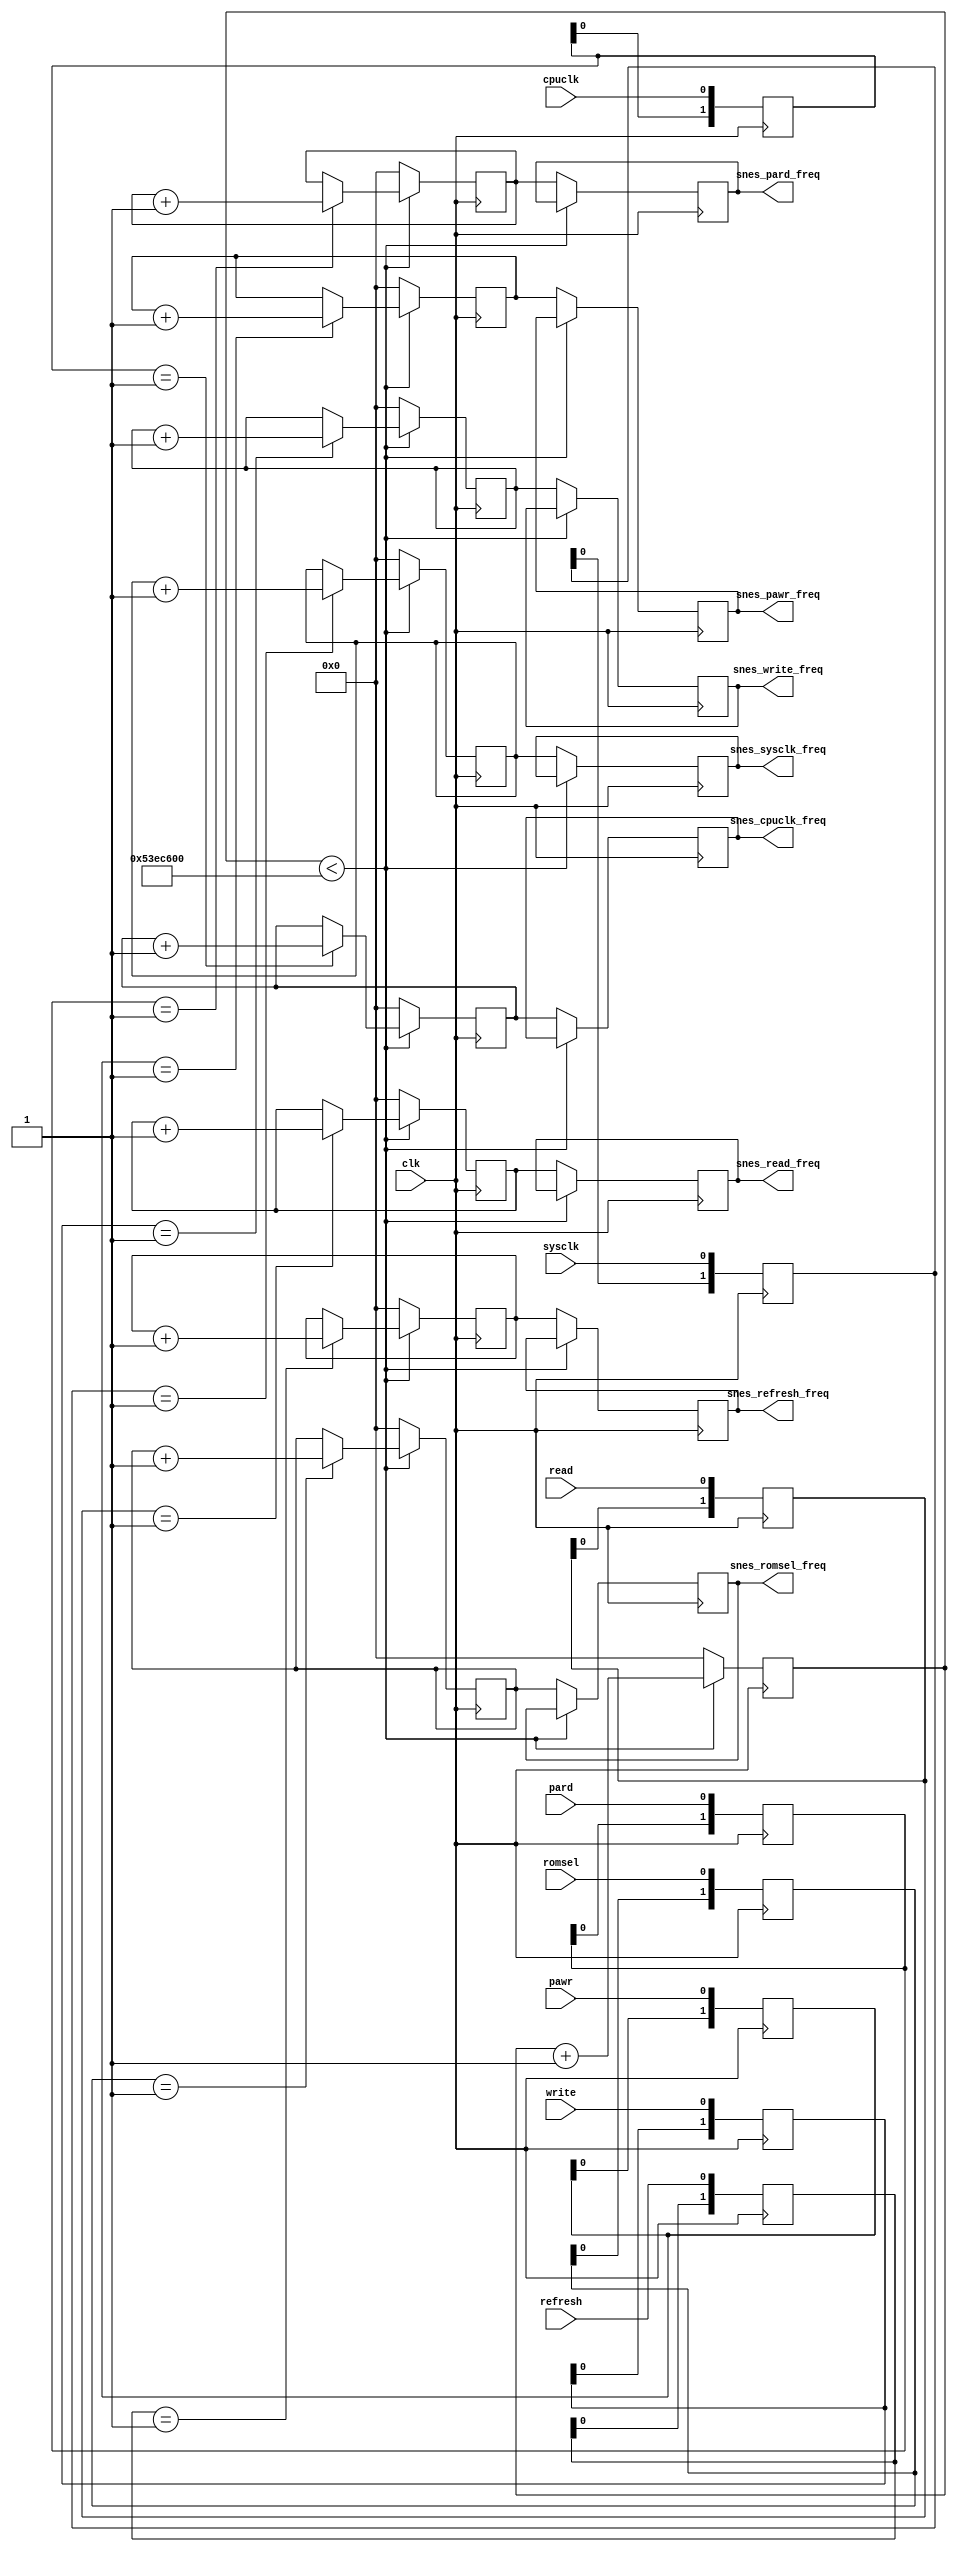
module clk_test(
  input clk,
  input sysclk,
  input read,
  input write,
  input pawr,
  input pard,
  input refresh,
  input cpuclk,
  input romsel,
  output reg [31:0] snes_sysclk_freq,
  output reg [31:0] snes_read_freq,
  output reg [31:0] snes_write_freq,
  output reg [31:0] snes_pawr_freq,
  output reg [31:0] snes_pard_freq,
  output reg [31:0] snes_refresh_freq,
  output reg [31:0] snes_cpuclk_freq,
  output reg [31:0] snes_romsel_freq
);

reg [31:0] sysclk_counter;
reg [31:0] sysclk_value;
reg [31:0] read_value;
reg [31:0] write_value;
reg [31:0] pard_value;
reg [31:0] pawr_value;
reg [31:0] refresh_value;
reg [31:0] cpuclk_value;
reg [31:0] romsel_value;

initial snes_sysclk_freq = 32'hFFFFFFFF;
initial sysclk_counter = 0;
initial sysclk_value = 0;
initial read_value = 0;
initial write_value = 0;
initial pard_value = 0;
initial pawr_value = 0;
initial refresh_value = 0;
initial cpuclk_value = 0;
initial romsel_value = 0;

reg [1:0] sysclk_sreg;
reg [1:0] read_sreg;
reg [1:0] write_sreg;
reg [1:0] pard_sreg;
reg [1:0] pawr_sreg;
reg [1:0] refresh_sreg;
reg [1:0] cpuclk_sreg;
reg [1:0] romsel_sreg;

always @(posedge clk) romsel_sreg <= {romsel_sreg[0], romsel};
wire romsel_rising = (romsel_sreg == 2'b01);
always @(posedge clk) cpuclk_sreg <= {cpuclk_sreg[0], cpuclk};
wire cpuclk_rising = (cpuclk_sreg == 2'b01);
always @(posedge clk) sysclk_sreg <= {sysclk_sreg[0], sysclk};
wire sysclk_rising = (sysclk_sreg == 2'b01);
always @(posedge clk) read_sreg <= {read_sreg[0], read};
wire read_rising = (read_sreg == 2'b01);
always @(posedge clk) write_sreg <= {write_sreg[0], write};
wire write_rising = (write_sreg == 2'b01);
always @(posedge clk) pard_sreg <= {pard_sreg[0], pard};
wire pard_rising = (pard_sreg == 2'b01);
always @(posedge clk) pawr_sreg <= {pawr_sreg[0], pawr};
wire pawr_rising = (pawr_sreg == 2'b01);
always @(posedge clk) refresh_sreg <= {refresh_sreg[0], refresh};
wire refresh_rising = (refresh_sreg == 2'b01);

always @(posedge clk) begin
  if(sysclk_counter < 88000000) begin
    sysclk_counter <= sysclk_counter + 1;
    if(sysclk_rising) sysclk_value <= sysclk_value + 1;
    if(read_rising) read_value <= read_value + 1;
    if(write_rising) write_value <= write_value + 1;
    if(pard_rising) pard_value <= pard_value + 1;
    if(pawr_rising) pawr_value <= pawr_value + 1;
    if(refresh_rising) refresh_value <= refresh_value + 1;
    if(cpuclk_rising) cpuclk_value <= cpuclk_value + 1;
    if(romsel_rising) romsel_value <= romsel_value + 1;
  end else begin
    snes_sysclk_freq <= sysclk_value;
    snes_read_freq <= read_value;
    snes_write_freq <= write_value;
    snes_pard_freq <= pard_value;
    snes_pawr_freq <= pawr_value;
    snes_refresh_freq <= refresh_value;
    snes_cpuclk_freq <= cpuclk_value;
    snes_romsel_freq <= romsel_value;
    sysclk_counter <= 0;
    sysclk_value <= 0;
    read_value <= 0;
    write_value <= 0;
    pard_value <= 0;
    pawr_value <= 0;
    refresh_value <= 0;
    cpuclk_value <= 0;
    romsel_value <= 0;
  end
end

endmodule